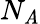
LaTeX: N_{\mathit{A}}